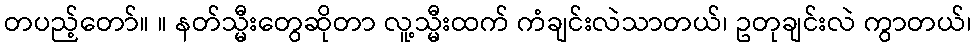
တပည့်တော်။ ။ နတ်သ္မီးတွေဆိုတာ လူ့သ္မီးထက် ကံချင်းလဲသာတယ်၊ ဥတုချင်းလဲ ကွာတယ်၊